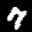
Label: 7